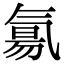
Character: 氱